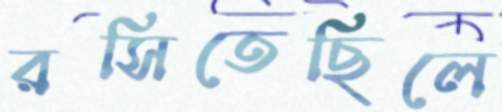
রসিতেছিলে